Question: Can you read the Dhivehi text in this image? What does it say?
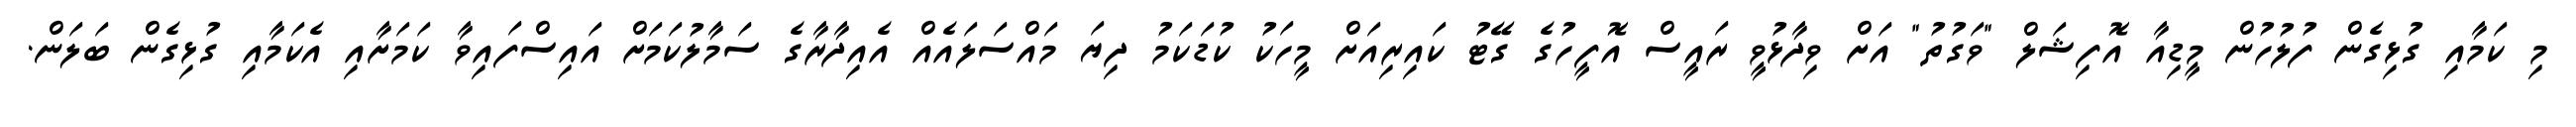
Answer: މި ކަމާއި ގުޅިގެން ފުލުހުން މީޑިއާ އޮފިޝަލް "ވަގުތު" އަށް ވިދާޅުވީ ރައީސް އޮފީހުގެ ގޭޓު ކައިރިއަށް މީހަކު ކުޑަކަމު ދިޔަ މައްސަލައެއް އެއިދާރާގެ ސަމާލުކަމަށް އައިސްފައިވާ ކަމަށާއި އެކަމާއި ގުޅިގެން ބަލަން.